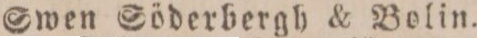
Swen Söderbergh & Bolin.